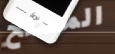
المسلح